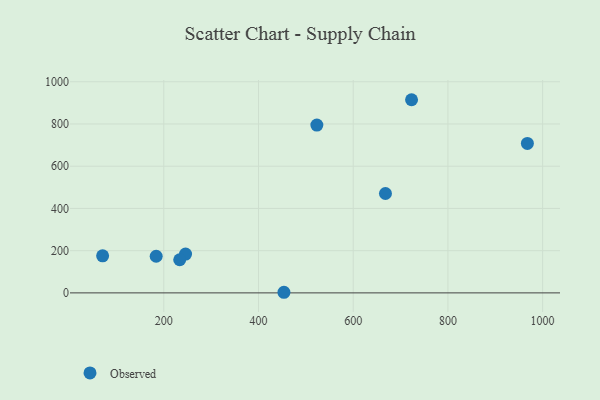
{"axis": {"x": "Speed", "y": "Exam Score"}, "legend": ["Observed"], "data": [{"x": "245.9", "y": 183.9, "type": "Observed"}, {"x": "668.1", "y": 470.8, "type": "Observed"}, {"x": "233.6", "y": 157.0, "type": "Observed"}, {"x": "523.2", "y": 795.0, "type": "Observed"}, {"x": "183.9", "y": 173.5, "type": "Observed"}, {"x": "967.8", "y": 707.8, "type": "Observed"}, {"x": "70.8", "y": 175.5, "type": "Observed"}, {"x": "723.2", "y": 914.9, "type": "Observed"}, {"x": "453.7", "y": 2.9, "type": "Observed"}]}